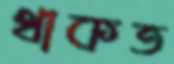
থাকত